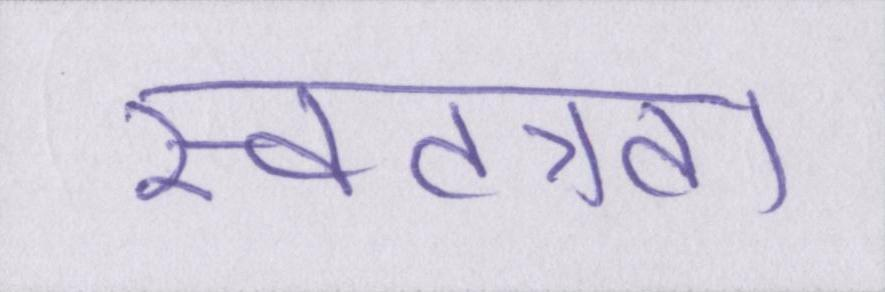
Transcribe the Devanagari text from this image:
स्वतत्रता